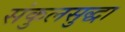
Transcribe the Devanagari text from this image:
संकुलसुद्धा